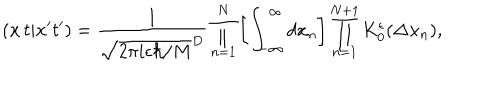
( { \bf x } \, t \vert { \bf x } ^ { \prime } t ^ { \prime } ) = \frac { 1 } { \sqrt { 2 \pi i \epsilon \hbar / M } ^ { D } } \prod _ { n = 1 } ^ { N } \left[ \int _ { - \infty } ^ { \infty } d x _ { n } \right] \prod _ { n = 1 } ^ { N + 1 } K _ { 0 } ^ { \epsilon } ( \Delta { \bf x } _ { n } ) ,